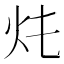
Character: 𤆚